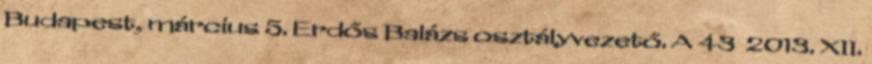
Budapest, március 5. Erdős Balázs osztályvezető. A 43 2013. XII.